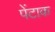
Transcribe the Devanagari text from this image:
पेंटाक